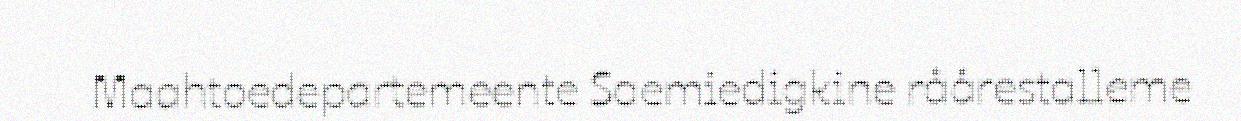
Maahtoedepartemeente Saemiedigkine råårestalleme